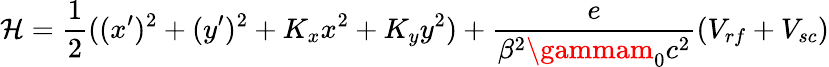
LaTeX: \mathcal{H}=\frac{{1}}{{2}}((x^{\prime})^{2}+(y^{\prime})^{2}+K_{x}x^{2}+K_{y}y^{2})+\frac{{e}}{{\beta^{2}\gammam_{0}c^{2}}}(V_{rf}+V_{sc})